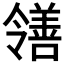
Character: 𫅜